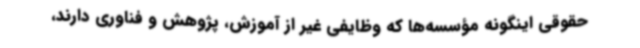
حقوقی اینگونه مؤسسه‌ها که وظایفی غیر از آموزش، پژوهش و فناوری دارند،